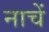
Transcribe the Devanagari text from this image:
नाचें